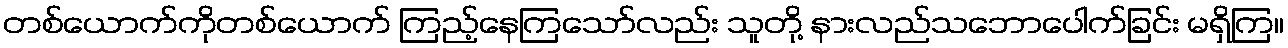
တစ်ယောက်ကိုတစ်ယောက် ကြည့်နေကြသော်လည်း သူတို့ နားလည်သဘောပေါက်ခြင်း မရှိကြ။